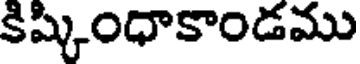
కిష్కింధాకాండము